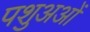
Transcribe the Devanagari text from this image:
पशुअओं